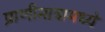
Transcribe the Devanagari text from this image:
प्राणीमात्रामध्ये